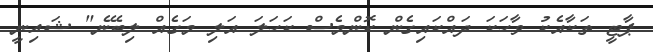
ޕާޓީ ތަކާއެކު ވާހަކަ ދައްކައިގެން ކޮންމެސް ކަހަލަ އަލި މަގެއް ލިބޭނެ" ޝައިނީ